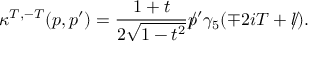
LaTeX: \kappa ^ { T , - T } ( p , p ^ { \prime } ) = \frac { 1 + t } { 2 \sqrt { 1 - t ^ { 2 } } } \rlap / p ^ { \prime } \gamma _ { 5 } ( \mp 2 i T + \rlap / l ) .